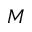
M